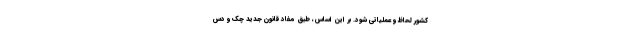
کشور لحاظ و عملیاتی شود. بر این اساس، طبق مفاد قانون جدید چک و دس